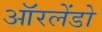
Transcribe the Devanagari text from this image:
ऑरलेंडो